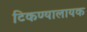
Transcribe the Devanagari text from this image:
टिकण्यालायक